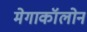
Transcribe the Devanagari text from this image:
मेगाकॉलोन